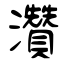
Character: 灒